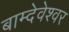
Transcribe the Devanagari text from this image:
बाम्देवेश्वर